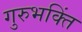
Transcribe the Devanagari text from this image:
गुरुभक्तिं